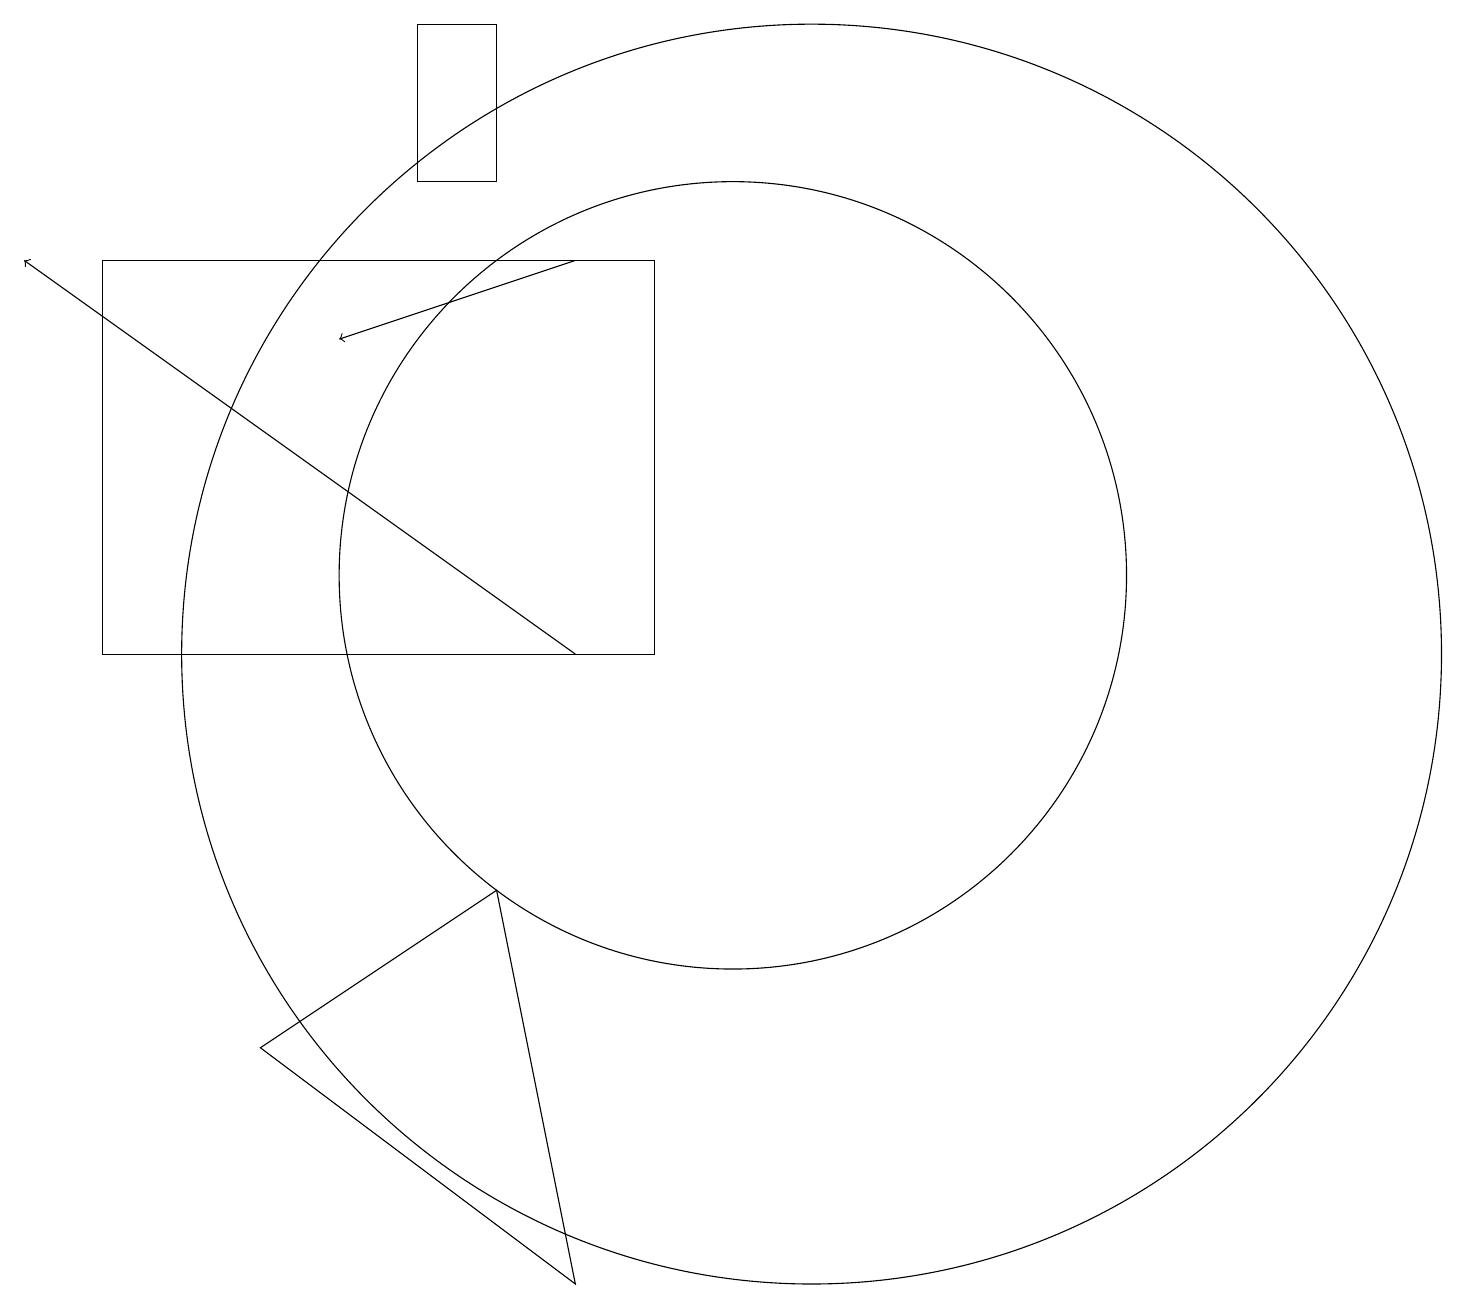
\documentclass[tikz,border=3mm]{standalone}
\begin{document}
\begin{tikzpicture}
\draw[->] (8,15) -- (5,14);
\draw (6,16) rectangle (7,18);
\draw (10,11) circle (5);
\draw (2,15) rectangle (9,10);
\draw (4,5) -- (7,7) -- (8,2) -- cycle;
\draw[->] (8,10) -- (1,15);
\draw (11,10) circle (8);
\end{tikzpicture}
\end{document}